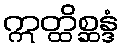
ဣတ္ထိစ္ဆန္ဒံ